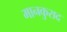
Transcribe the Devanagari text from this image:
मानकुराद